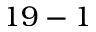
1 9 - 1